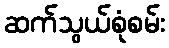
ဆက်သွယ်စုံစမ်း